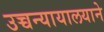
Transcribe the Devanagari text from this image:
उच्चन्यायालयाने